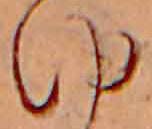
ゆ